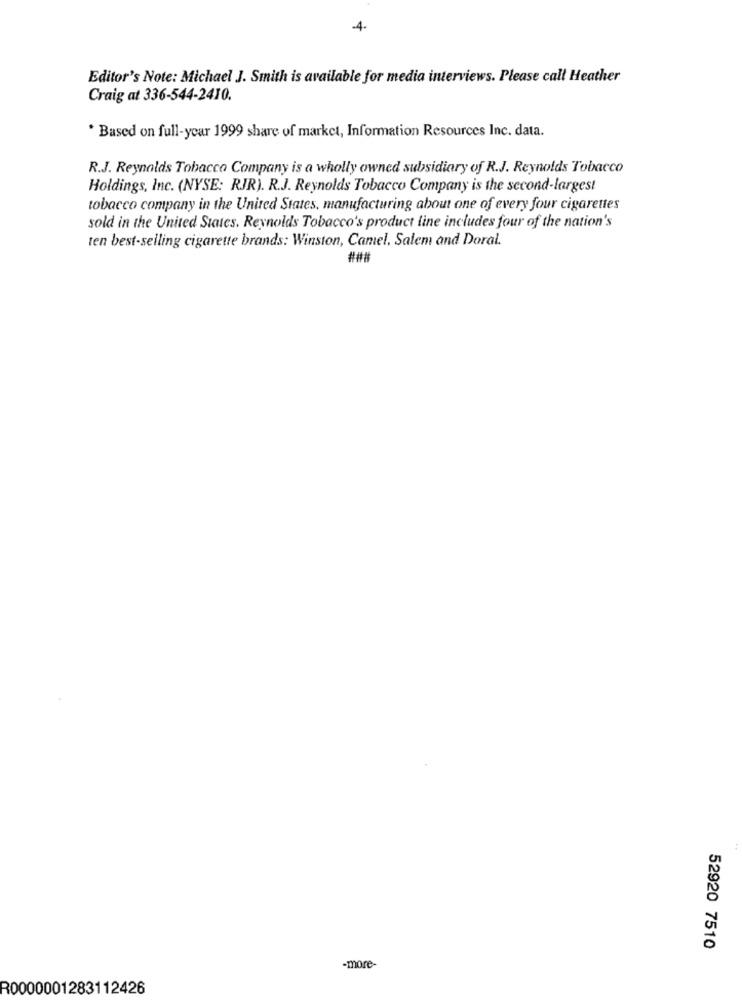
-4-
Editor's Note: Michael J. Smith is available for media interviews. Please call Heather
Craig at 336-544-2410.
* Based on full-year 1999 share of market, Information Resources Inc. data.
R.J. Reynolds Tobacco Company is a wholly owned subsidiary of R.J. Reynolds Tobacco
Holdings, Inc. (NYSE: RJR). R.J. Reynolds Tobacco Company is the second-largest
tobacco company in the United States, manufacturing about one of every four cigarettes
sold in the United States. Reynolds Tobacco's product line includes four of the nation's
ten best-selling cigarette brands: Winston, Camel. Salem and Doral.
###
52920 7510
-more-
R0000001283112426